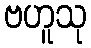
ဗဟူသု